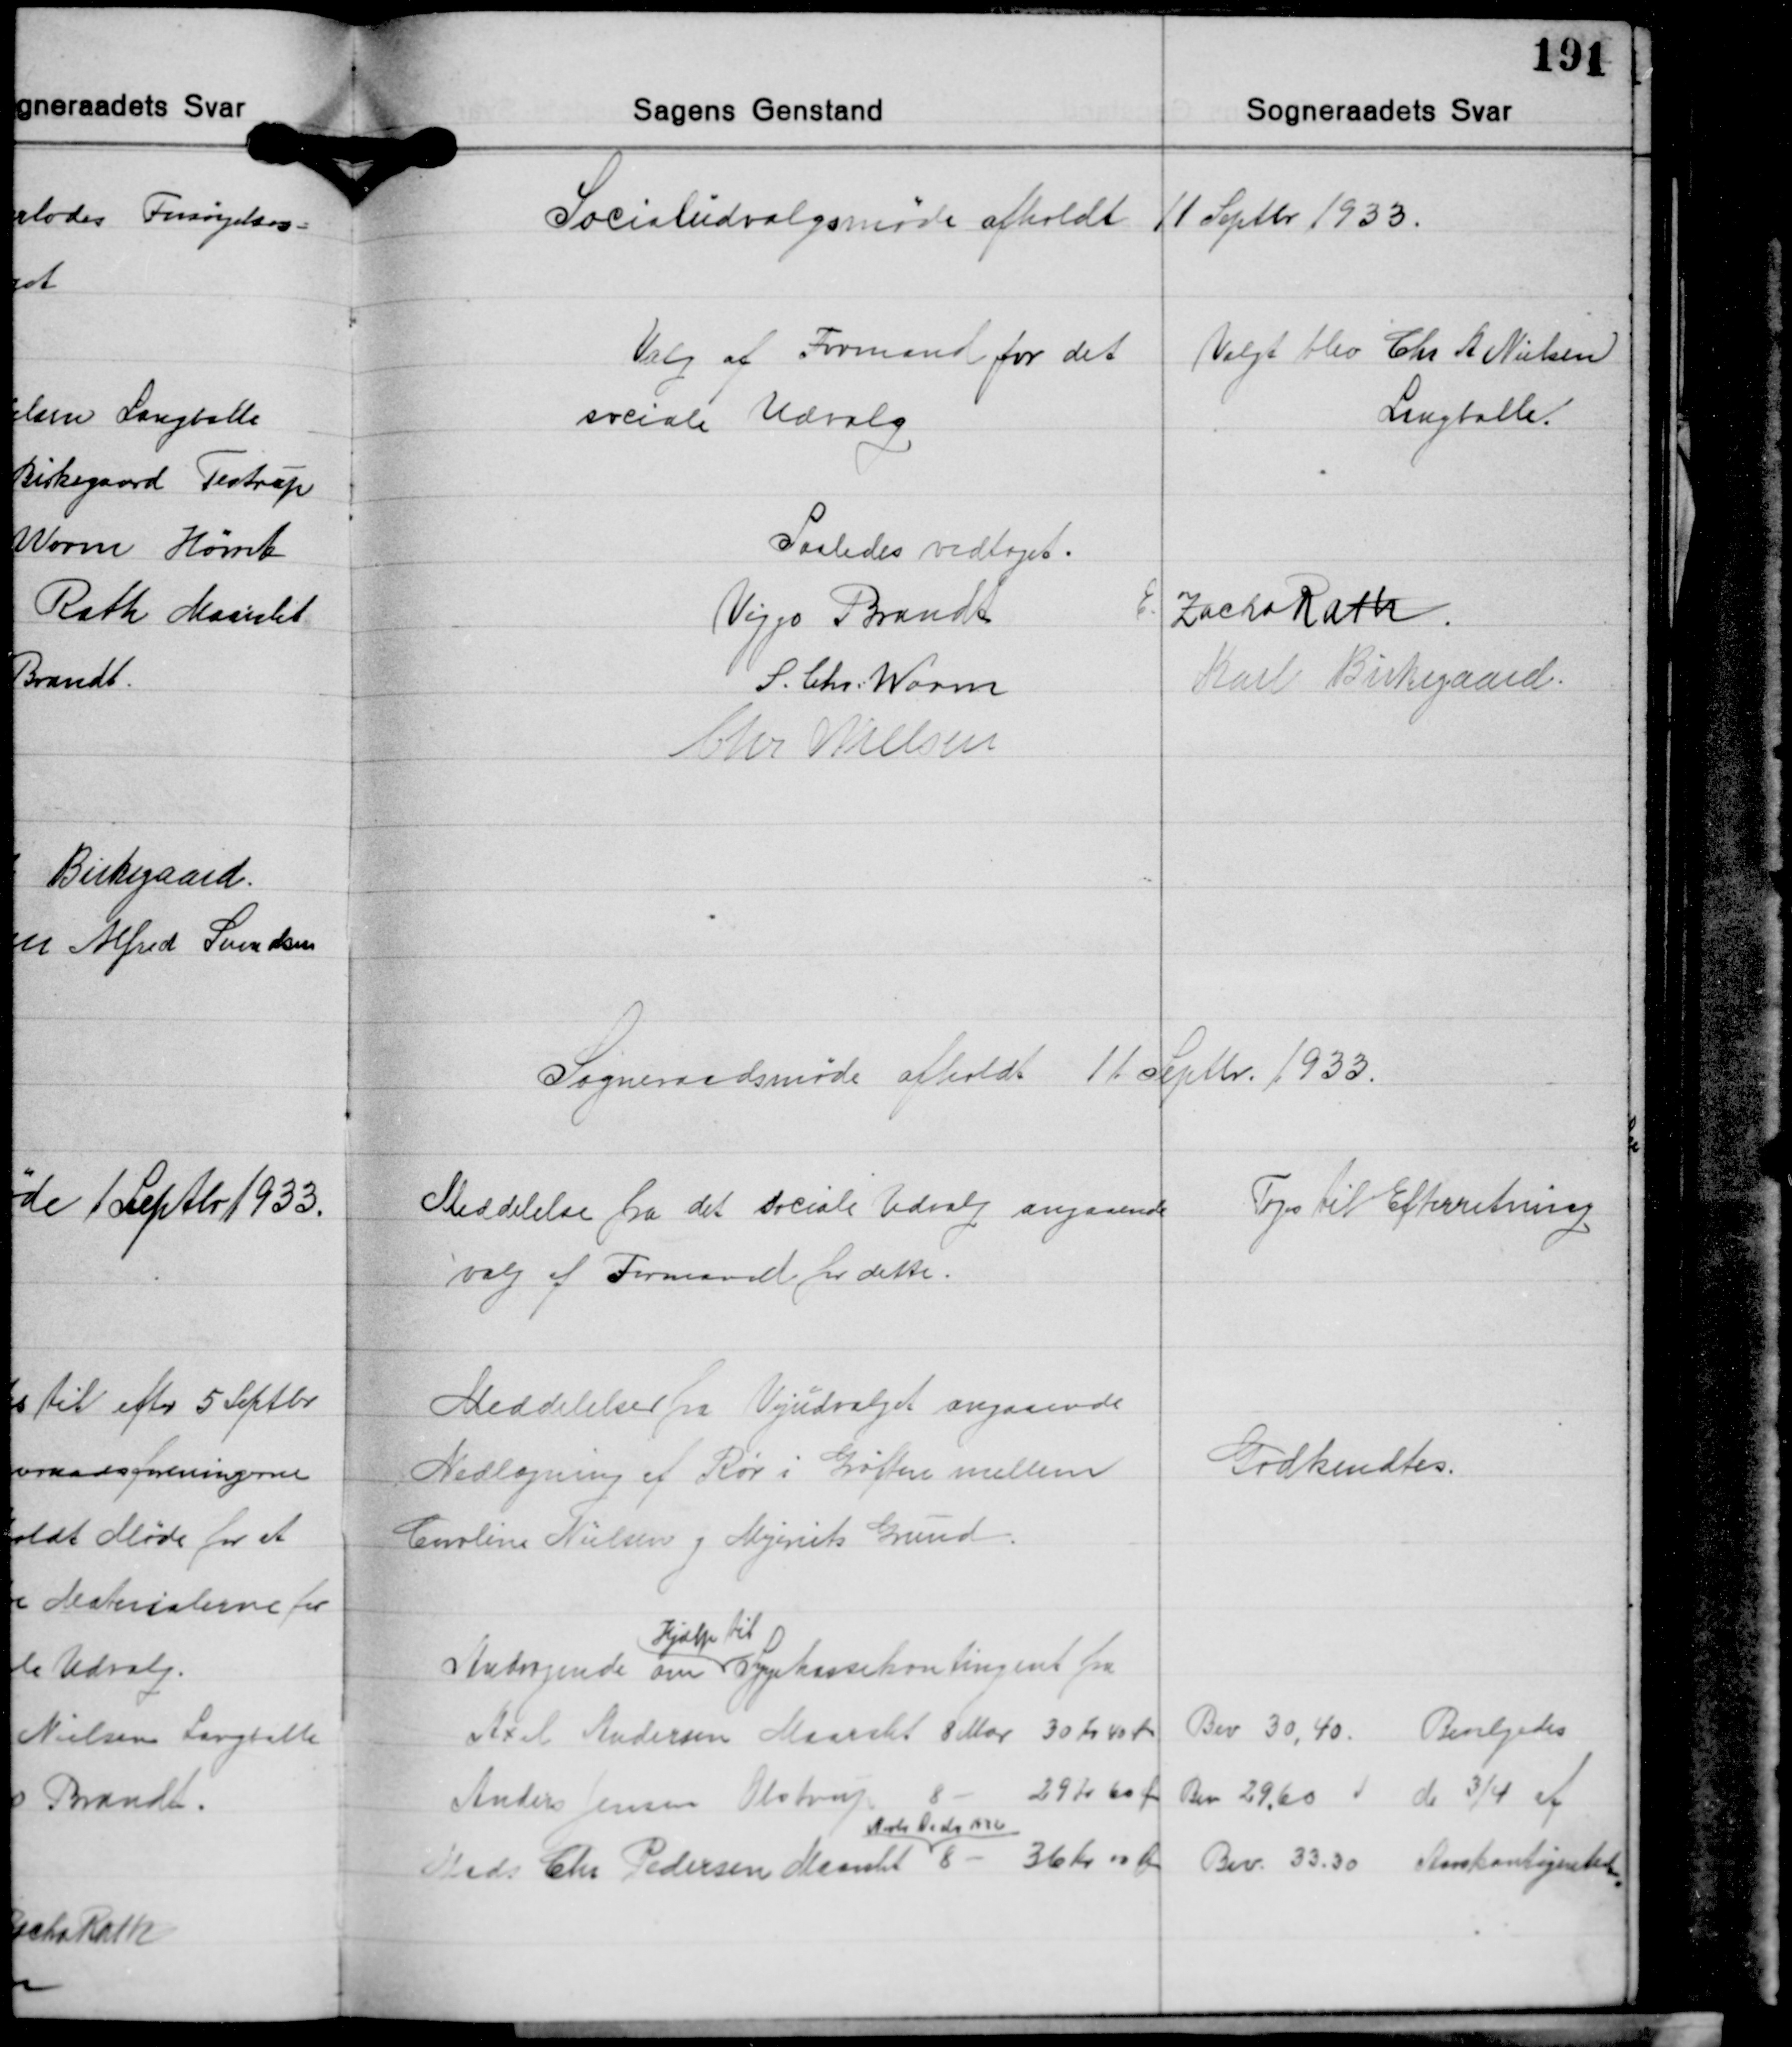
Transskription:
Socialudvalgsmøde afholdt 11 Septbr. 1933.

Valg af Formand for det
sociale Udvalg

Valgt blev Chr. A. Nielsen
Langballe.

Saaledes vedtaget.
E. Zacho Rath
Viggo Brandt
S. Chr. Worm
Karl Birkegaard
Chr. Nielsen

Sogneraadsmøde afholdt 11 Septbr. 1933.

Meddelelse fra det sociale Udvalg angaaende
valg af Formand for dette.

Toges til Efterretning

Meddelelser fra Vejudvalget angaaende
Nedlægning af Rør i Gøften mellem
Caroline Nielsen og Mejeriets Grund.

Godkendtes.

Hjælp til
Andragende om Sygekassekontingent fra
Axel Andersen Maarslet 8 Mar 30 kr. 40 Øre
Anders Jensen Olstrup 8 - 29 Kr. 60 Øre
Niels Pedersen
Mads Chr. Pedersen Maarslet 8 - 36 Kr 00 Øre

Bev. 30,40. Bevilgedes
Bev. 29,60 do 3/4 af
Bev. 33,30 Aarskontingent